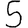
Digit: 5